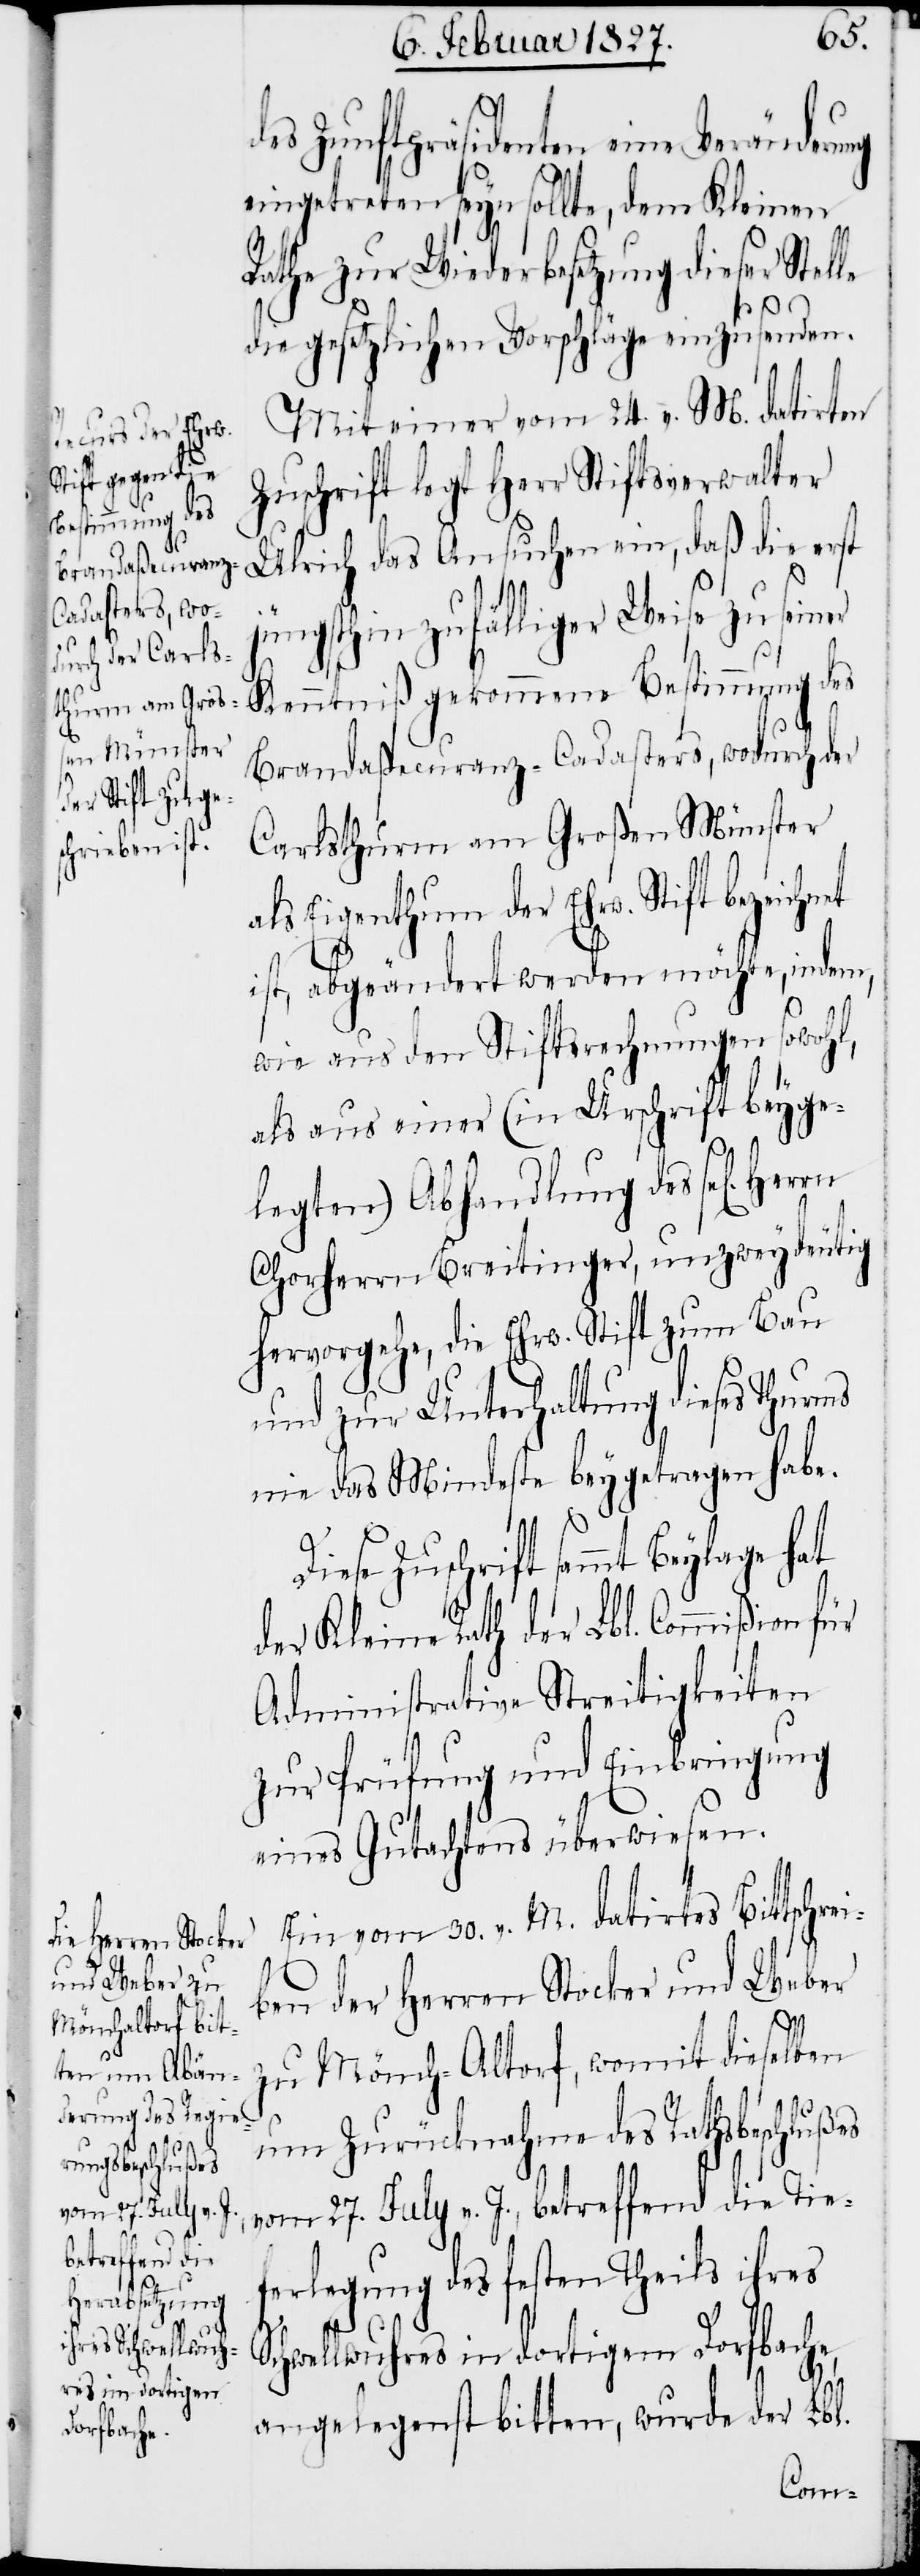
et

des Zunftpräsidenten eine Veränderung
eingetreten seyn sollte, dem Kleinen
Rathe zur Wiederbesetzung dieser Stel¬
die gesetzlichen Vorschläge einzusenden.
Mit einer vom 24. v. M. datirten
Zuschrift legt Herr Stiftsverwalter
Ulrich das Ansuchen ein, daß die erst
jüngsthin zufälliger Weise zu seiner
Kenntniß gekommene Bestimmung des
Brandaßecuranz-Cadasters, wodurch der
Carlsthurm am Großen Münster
als Eigenthum der Ehrw. Stift bezeichn¬
ist, abgeändert werden möchte, indem,
wie aus den Stiftsrechnungen sowohl,
als aus einer (in Urschrift beyge¬
legten) Abhandlung des sel[igen]
Chorherrn Breitinger, unzweydeutig
hervorgehe, die Ehrw. Stift zum Bau
und zur Unterhaltung dieses Thurms
nie das Mindeste beygetragen habe.
Zuschrift sammt Beylage hat
der Kleine Rath der Lbl. Commißion für
Administrative Streitigkeiten
zur Prüfung und Einbringung
eines Gutachtens überwiesen.
Ein vom 30. v. M. datirtes Bittschre¬
iben der Herren Stocker und Weber
zu Mönch-Altorf, womit dieselben
um Zurücknahme des Rathsbeschlußes
vom 27. July v. J., betreffend die Tie¬
ferlegung des festen Theils ihres
Schwellwuhres in dortigem Dorfbache,
angelegenst bitten, wurde der Lbl.